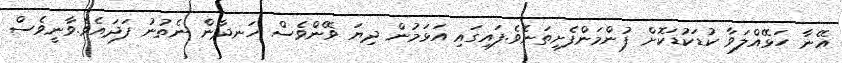
އޭނާ ހަޅޭއްލަވާ ކުޑަކުޑަކޮށް ފުންމަންފެށިތަނެވެ.ފައިގައި އަޅަމުން ދިޔަ ވޭންވެސް ހަނދާން ނެތުނު ފަދައެވެ.ވާނީވެސް